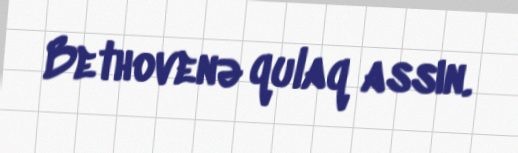
Bethovenə qulaq assın.